Document type: Sale
Year: 1435
Scribe: Pere Soler
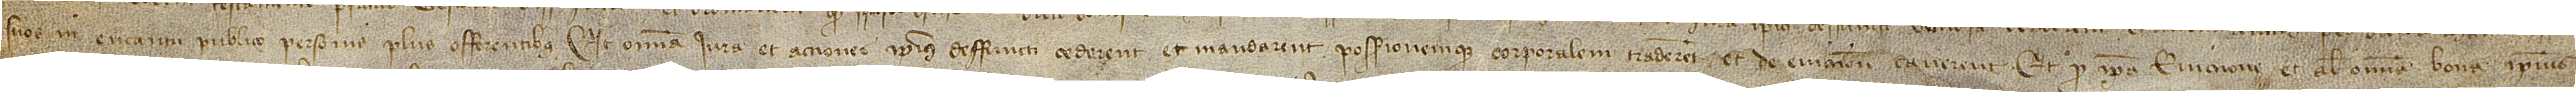
suos in encantu publico personis plus offerentibus. Et omnia iura et acciones ipsius deffuncti cederent et mandarent possessionemque corporalem traderent et de eviccione caverent; et pro ipsa eviccione et alia omnia bona ipsius